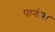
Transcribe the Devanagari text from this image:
पानोरा